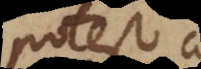
potest a